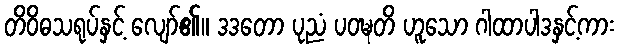
တိဝိဓသရုပ်နှင့် လျော်၏။ ဒဒတော ပုညံ ပဝဍ္ဎတိ ဟူသော ဂါထာပါဒနှင့်ကား